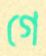
গে